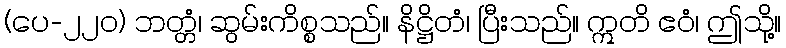
(ပေ-၂၂၀) ဘတ္တံ၊ ဆွမ်းကိစ္စသည်။ နိဋ္ဌိတံ၊ ပြီးသည်။ ဣတိ ဧဝံ၊ ဤသို့။